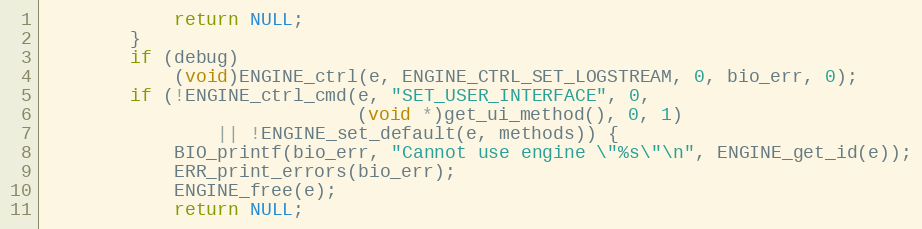
Language: C
            return NULL;
        }
        if (debug)
            (void)ENGINE_ctrl(e, ENGINE_CTRL_SET_LOGSTREAM, 0, bio_err, 0);
        if (!ENGINE_ctrl_cmd(e, "SET_USER_INTERFACE", 0,
                             (void *)get_ui_method(), 0, 1)
                || !ENGINE_set_default(e, methods)) {
            BIO_printf(bio_err, "Cannot use engine \"%s\"\n", ENGINE_get_id(e));
            ERR_print_errors(bio_err);
            ENGINE_free(e);
            return NULL;